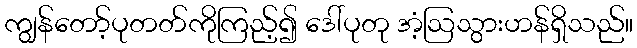
ကျွန်တော့်ပုတတ်ကိုကြည့်၍ ဒေါ်ပုတု အံ့ဩသွားဟန်ရှိသည်။